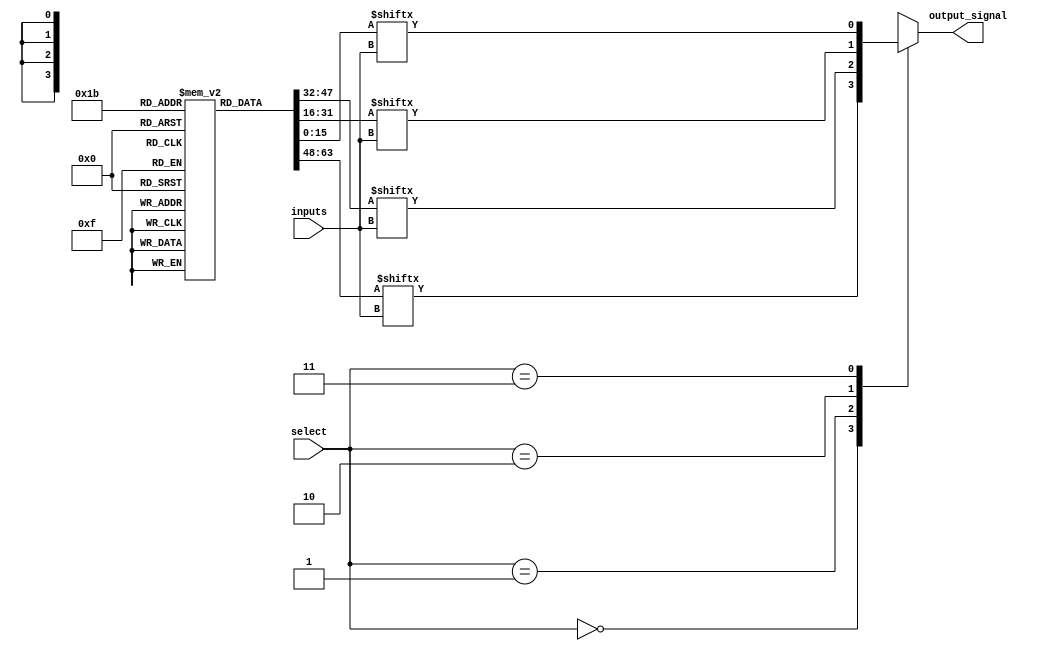
module CLB (
    input wire [3:0] inputs,         // 4 input signals
    input wire [1:0] select,         // Selector for multiplexer
    output wire output_signal         // Output signal
);

// Look-Up Table (LUT) implementation
reg [15:0] lut [0:3]; // 4 LUTs, each with 16 possible outputs (for 4 inputs)
wire [3:0] lut_out;

// Initialize LUTs with example logic functions
initial begin
    lut[0] = 16'b0000000000000000; // Example: LUT0 = 0
    lut[1] = 16'b1111000011110000; // Example: LUT1 = A AND B
    lut[2] = 16'b0000111100001111; // Example: LUT2 = A OR B
    lut[3] = 16'b1010101010101010; // Example: LUT3 = A XOR B
end

// Generate LUT outputs based on inputs
assign lut_out[0] = lut[0][inputs]; // LUT0 output
assign lut_out[1] = lut[1][inputs]; // LUT1 output
assign lut_out[2] = lut[2][inputs]; // LUT2 output
assign lut_out[3] = lut[3][inputs]; // LUT3 output

// Multiplexer to select output from LUTs
reg mux_out;
always @(*) begin
    case (select)
        2'b00: mux_out = lut_out[0]; // Select LUT0
        2'b01: mux_out = lut_out[1]; // Select LUT1
        2'b10: mux_out = lut_out[2]; // Select LUT2
        2'b11: mux_out = lut_out[3]; // Select LUT3
        default: mux_out = 1'b0;      // Default case
    endcase
end

// Output driver
assign output_signal = mux_out;

endmodule